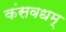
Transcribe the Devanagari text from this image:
कंसवधम्